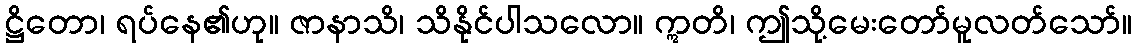
ဋ္ဌိတော၊ ရပ်နေ၏ဟု။ ဇာနာသိ၊ သိနိုင်ပါသလော။ ဣတိ၊ ဤသို့မေးတော်မူလတ်သော်။